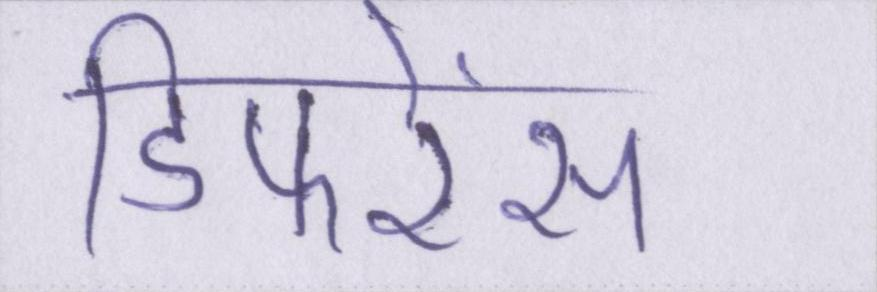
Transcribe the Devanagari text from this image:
डिफरेंस